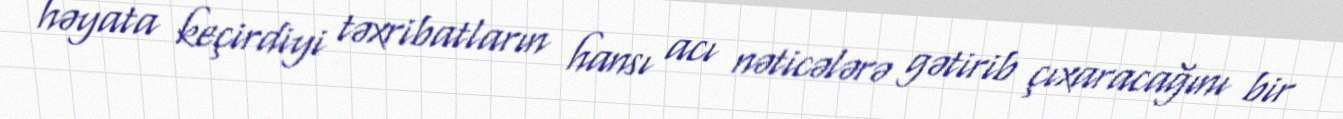
həyata keçirdiyi təxribatların hansı acı nəticələrə gətirib çıxaracağını bir